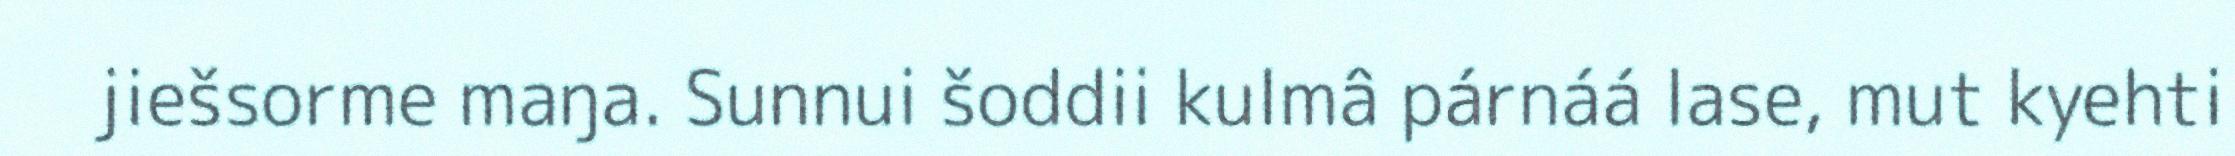
jiešsorme maŋa. Sunnui šoddii kulmâ párnáá lase, mut kyehti